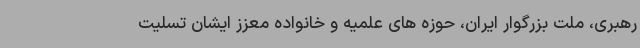
رهبری، ملت بزرگوار ایران، حوزه های علمیه و خانواده معزز ایشان تسلیت